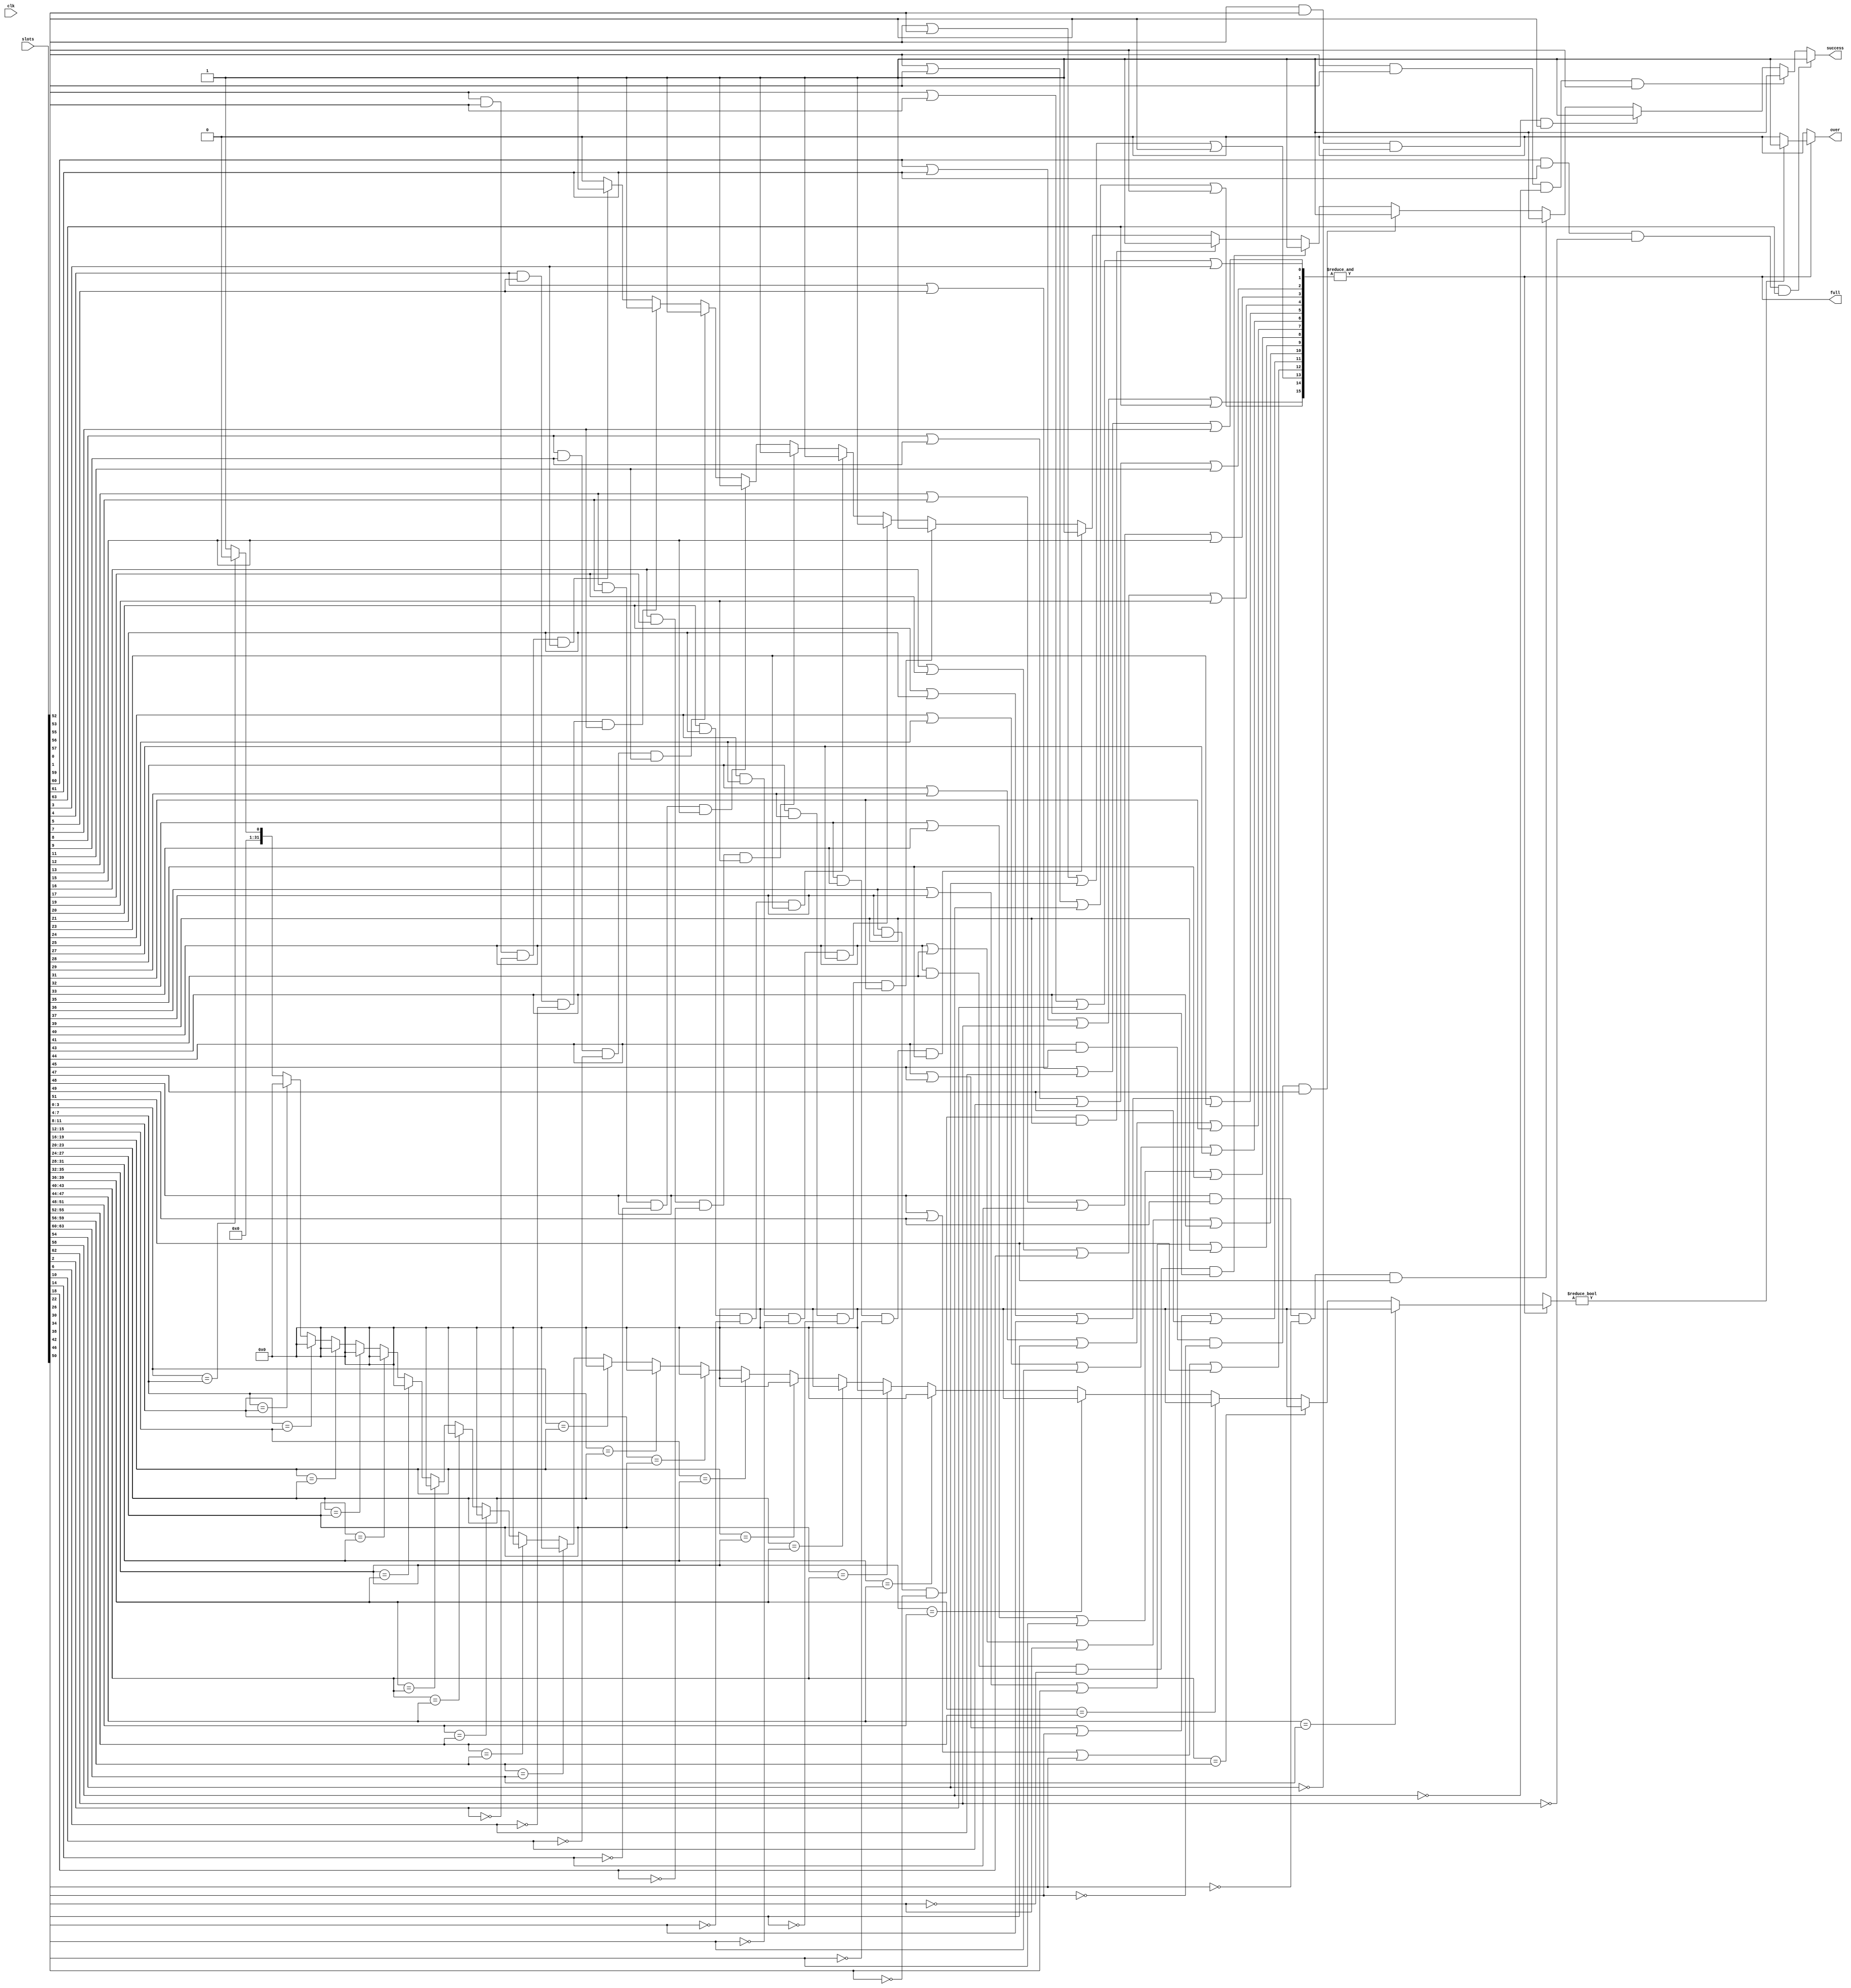
`timescale 1ns / 1ps
//////////////////////////////////////////////////////////////////////////////////
// Company: 
// Engineer: 
// 
// Design Name: 
// Module Name:    CheckBoard 
// Project Name: 
// Target Devices: 
// Tool versions: 
// Description: 
//
// Dependencies: 
//
// Revision: 
// Revision 0.01 - File Created
// Additional Comments: 
//
//////////////////////////////////////////////////////////////////////////////////
module CheckBoard(
   input wire [63:0] slots,
	input wire clk,
	output wire over,
	output wire full,
	output wire success
    );
	reg [15:0] blocks;
	reg [63:0] slots_reg;
	reg over_reg;
	reg full_reg;
	reg success_reg;
	integer i, j, k, flag;
   //
	//	
	//
	
// Judge whether the game is over 
		
		always@(*)begin
		   slots_reg <= slots;
	   end
		
		always@(clk) begin
		   over_reg = 1'b0;
		   full_reg = 1'b0;
		   success_reg = 1'b0;
			for (k = 0; k <= 60; k = k + 4) begin
				blocks[k/4] = slots_reg[k] | slots_reg[k+1] | slots_reg[k+2] | slots_reg[k+3];
				if(slots_reg[k] & slots_reg[k+1] & ~slots_reg[k+2] & slots_reg[k+3]) success_reg = 1'b1;
			end
			full_reg = &blocks;
		   
			
			flag = 1;
			if(full) begin 
			   for(i = 0; i <= 48; i = i+16) begin
				   for(j = i; j <= i+8; j = j+4) begin
				      if(slots_reg[j+3 -: 4] == slots_reg[j+7 -: 4]) flag = 0;
					end
				end
				for(i = 0; i <= 32; i = i+16) begin
				   for(j = i; j <= i+12; j = j+4) begin
				      if(slots_reg[j+3 -: 4] == slots_reg[j+19 -: 4]) flag = 0;
					end
				end
				
				if(flag)  over_reg = 1'b1;
				else  over_reg = 1'b0;
			end
      end
		assign over = over_reg; 
		assign full = full_reg;
      assign success = success_reg;
endmodule